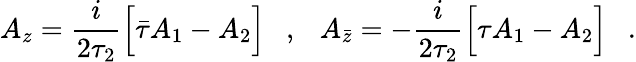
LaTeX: A_{z}=\frac{i}{2\tau_{2}}\Big[\bar{\tau}A_{1}-A_{2}\Big]\ \ \ ,\ \ \ A_{\bar{z}}=-\frac{i}{2\tau_{2}}\Big[\tau A_{1}-A_{2}\Big]\ \ \ .